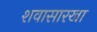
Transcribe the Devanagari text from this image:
शवासारखा